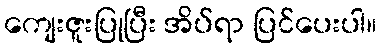
ကျေးဇူးပြုပြီး အိပ်ရာ ပြင်ပေးပါ။